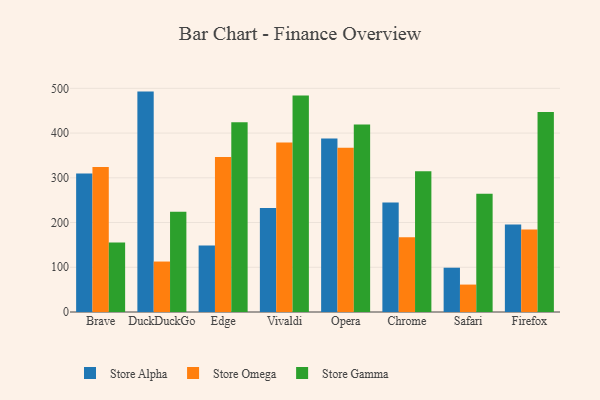
{"axis": {"x": "Browser", "y": "Population (Million)"}, "legend": ["Store Alpha", "Store Gamma", "Store Omega"], "data": [{"x": "Brave", "y": 309.7, "type": "Store Alpha"}, {"x": "Brave", "y": 324.3, "type": "Store Omega"}, {"x": "Brave", "y": 155.6, "type": "Store Gamma"}, {"x": "DuckDuckGo", "y": 492.7, "type": "Store Alpha"}, {"x": "DuckDuckGo", "y": 112.8, "type": "Store Omega"}, {"x": "DuckDuckGo", "y": 224.2, "type": "Store Gamma"}, {"x": "Edge", "y": 148.8, "type": "Store Alpha"}, {"x": "Edge", "y": 346.6, "type": "Store Omega"}, {"x": "Edge", "y": 424.0, "type": "Store Gamma"}, {"x": "Vivaldi", "y": 232.3, "type": "Store Alpha"}, {"x": "Vivaldi", "y": 378.8, "type": "Store Omega"}, {"x": "Vivaldi", "y": 484.2, "type": "Store Gamma"}, {"x": "Opera", "y": 388.0, "type": "Store Alpha"}, {"x": "Opera", "y": 367.1, "type": "Store Omega"}, {"x": "Opera", "y": 419.2, "type": "Store Gamma"}, {"x": "Chrome", "y": 244.7, "type": "Store Alpha"}, {"x": "Chrome", "y": 167.2, "type": "Store Omega"}, {"x": "Chrome", "y": 314.4, "type": "Store Gamma"}, {"x": "Safari", "y": 99.0, "type": "Store Alpha"}, {"x": "Safari", "y": 61.3, "type": "Store Omega"}, {"x": "Safari", "y": 264.6, "type": "Store Gamma"}, {"x": "Firefox", "y": 195.4, "type": "Store Alpha"}, {"x": "Firefox", "y": 184.3, "type": "Store Omega"}, {"x": "Firefox", "y": 447.0, "type": "Store Gamma"}]}